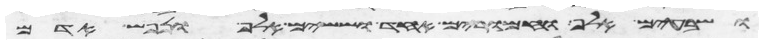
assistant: ושבעים אלף וחמרים אחד וששים אלף ונפש אדם